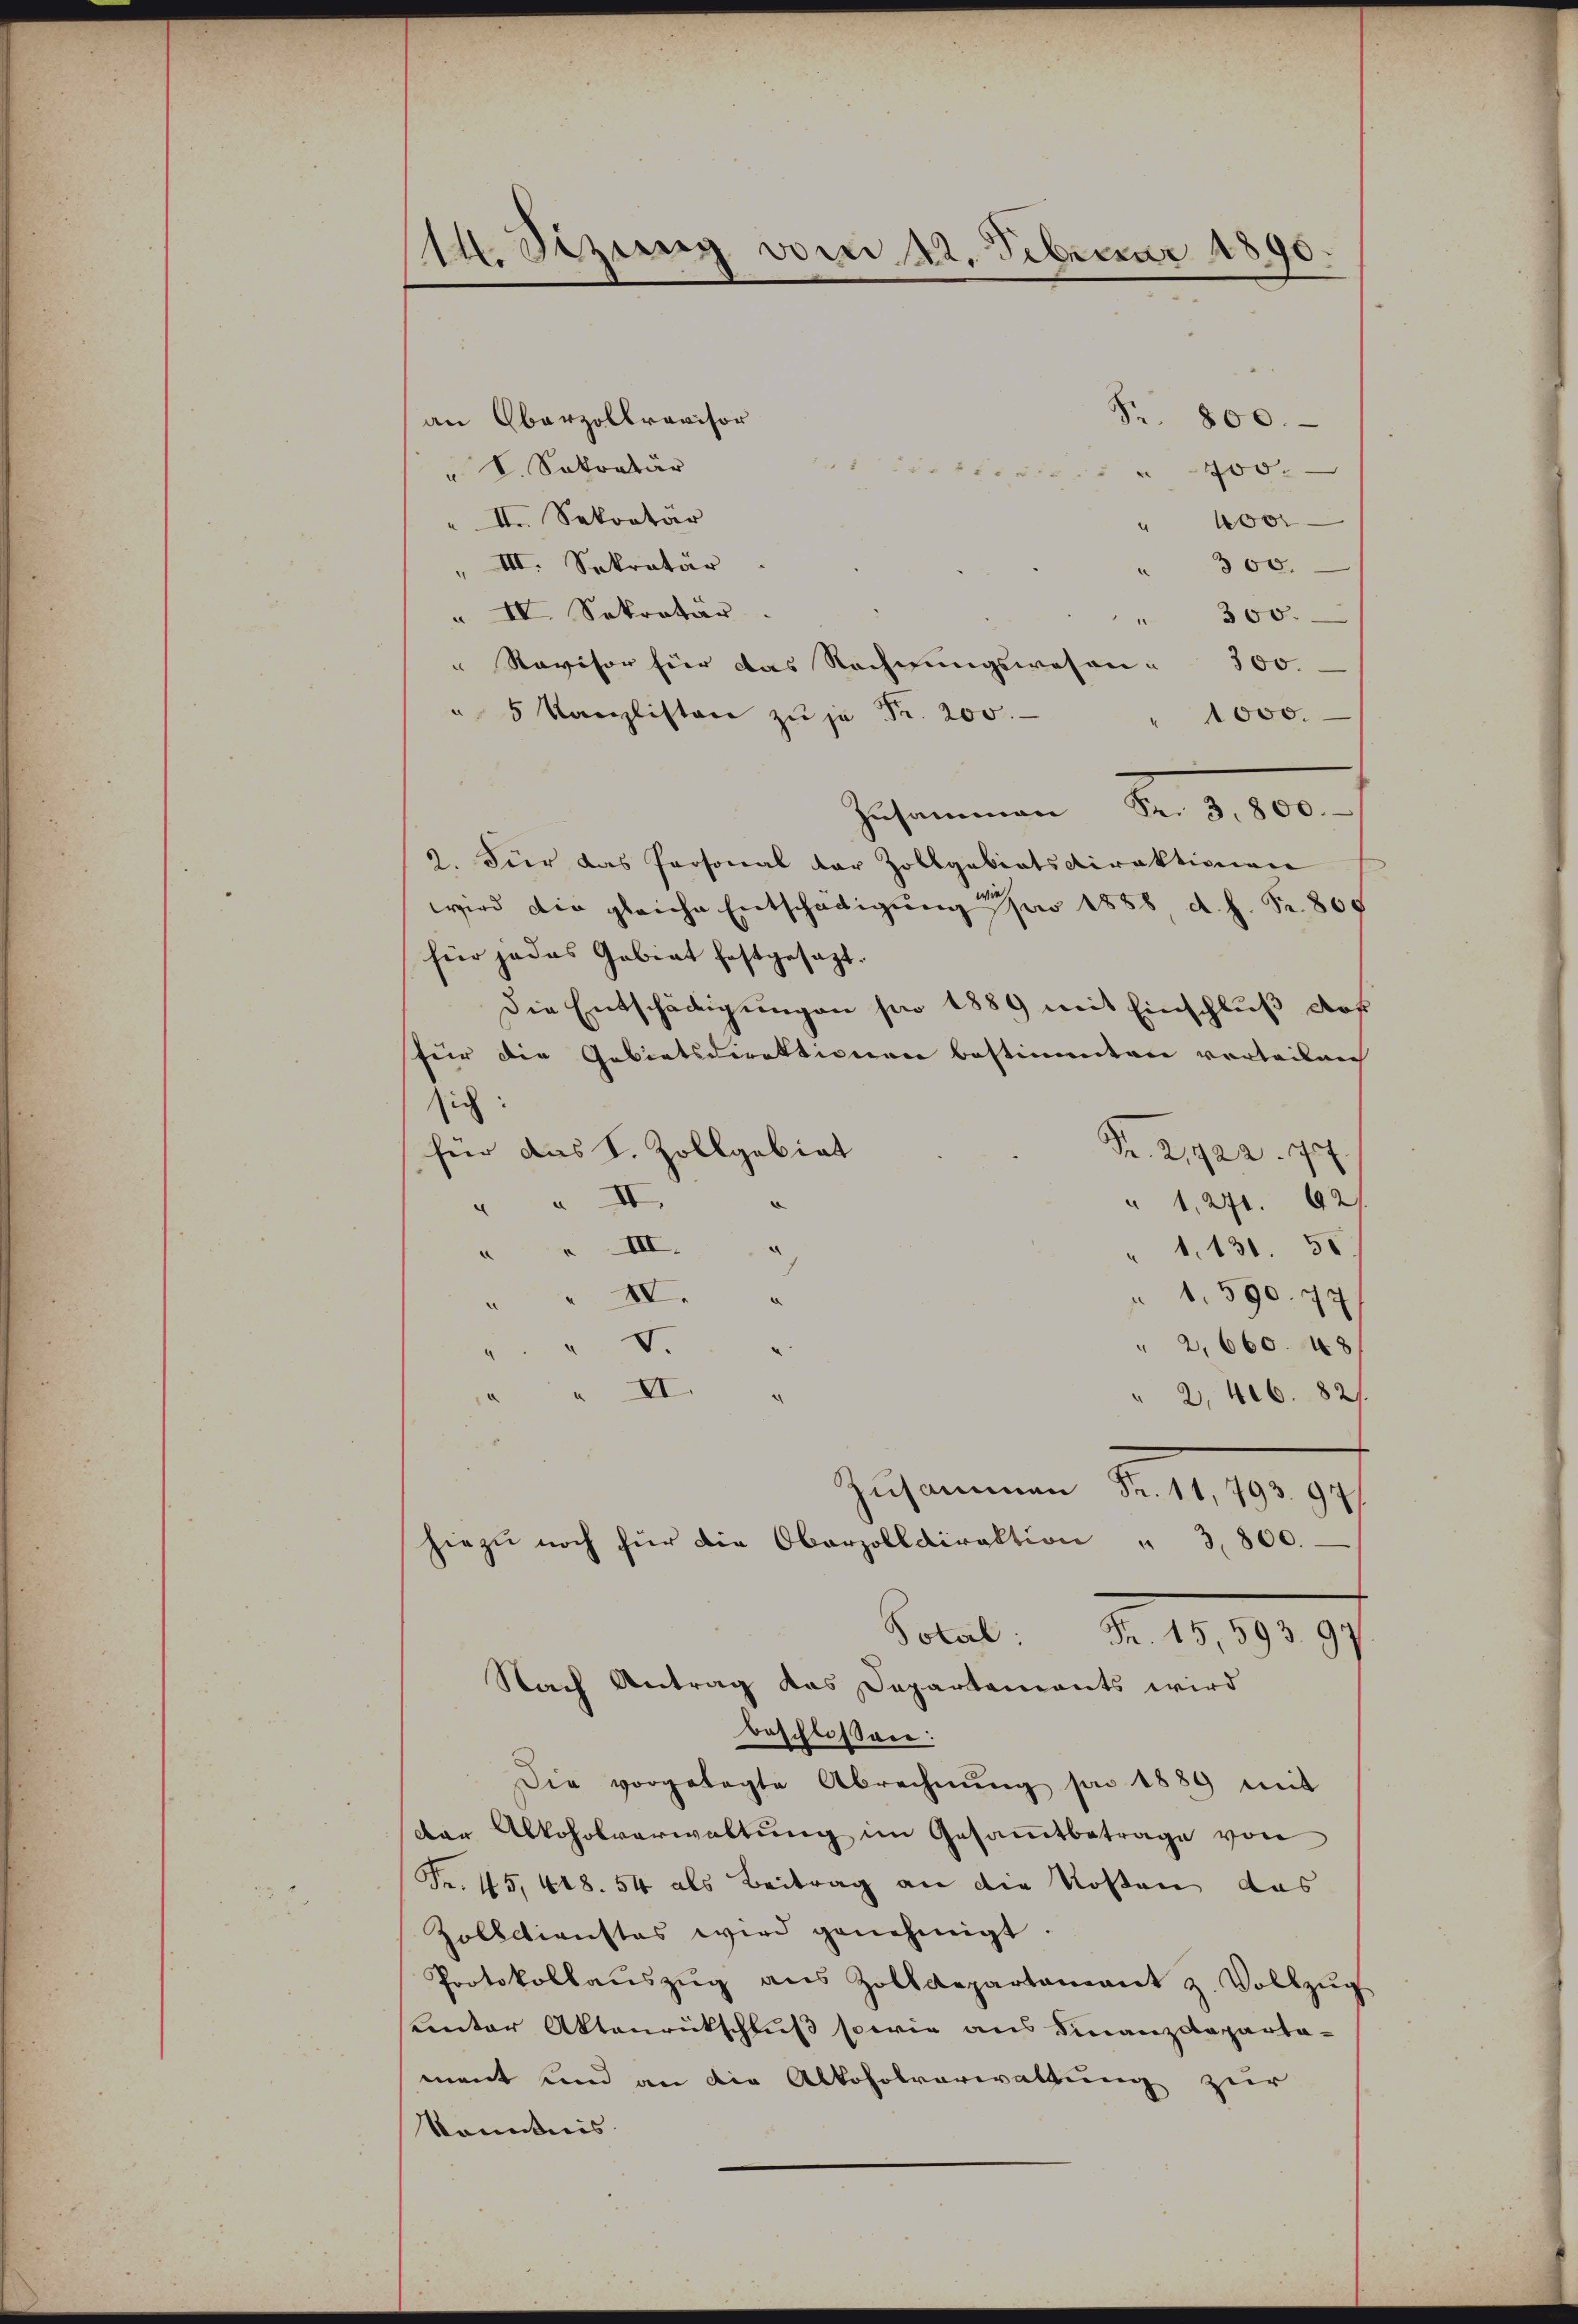
14. Sizung vom 22. Februar 1890.

Fr. 800.
an Oberzollrevisor
" V. Sekretär
utter die
400.
" II. Sekretär
" 400
" III. Sekretär
300.
n
" IV. Sekretär
" 300.
" Revisor für das Rechnungswesen¬
300.
" 5 Kanzlisten zŭ je Fr. 200.
1000.
Zusammen Fr. 2. 10.
2. Für das Personal der Zollgebietsdirektionen
wird die gleiche Entschädigung pro 1858 d. h. Fr. 809
für jedes Gebiet festgesagt.
Die Entschädigungen pro 1889 mit Einschluß des
für die Gebietsdirektionen bestimmten verteilen
sich:
für das S. Zollgabiat
Fr. 21922. 77
 II.
" 1, 271. 427
.
III.
“
" 1. 131. 50.
.
IV.
" 1. 590. 77
F.
" 2,660. 48
 II.
" 2, 406. 821.
Zusammen d. 21 1897
hiezŭ noch für die Oberzolldirektion " 3,800.
Solal:
Fr. 15, 593. 97.
Nach Antrag das Departements wird
beschlossen:
Die vorgelegte Abrechnŭng pro 1889 mit
dar Alkoholverwaltŭng im Gesammtbetrage von
Fr. 45, 418. 54 als Beitrag an die Kosten das
Zolbctienstes wird genehmigt.
Protokollaŭszŭg ans Zolldepartamant z. Vollzŭg
anter Aktenrückschluß sowie aus Finanzdepartament und an die Alkoholverwaltung zur
kenntnis